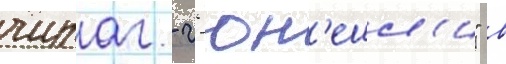
чираг - г'юн'ешл'и" в